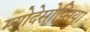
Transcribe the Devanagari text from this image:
म्योदेसोप्सिया